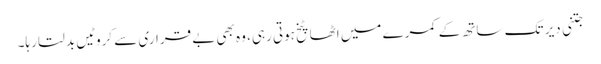
جتنی دیر تک ساتھ کے کمرے میں اٹھا پٹخ ہوتی رہی، وہ بھی بے قراری سے کروٹیں بدلتا رہا۔